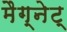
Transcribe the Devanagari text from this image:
मैग्नेट्